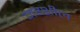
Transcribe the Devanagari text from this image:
जय्शील